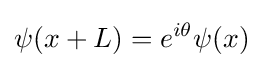
\psi (x+L)=e^{i\theta }\psi (x)